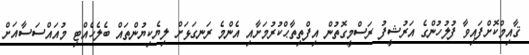
ޤާއިމްކޮށްފައިވާ ފުލުހުންގެ އަރުޝީފު ރަސްމީގޮތުން އިފްތިތާޙްކުރުމަށާއި އެންމެ ރަނގަޅަށް ލިޔެކިޔުންތައް ބެލެހެއްޓި މުއައްސަސާއަށް